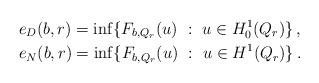
LaTeX: \begin{align*}&e_D(b,r)=\inf\{F_{b,Q_r}(u)~:~u\in H^1_0(Q_r)\}\,,\\&e_N(b,r)=\inf\{F_{b,Q_r}(u)~:~u\in H^1(Q_r)\}\,.\end{align*}